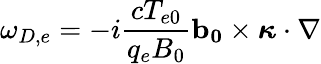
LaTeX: \omega_{D,e}=-i\frac{cT_{e0}}{q_{e}B_{0}}\mathbf{b_{0}}\times\boldsymbol{\kappa}\cdot\nabla